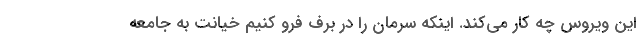
این ویروس چه کار می‌کند. اینکه سرمان را در برف فرو کنیم خیانت به جامعه